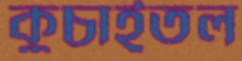
কুচাইতল